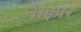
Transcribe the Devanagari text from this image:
नाइपर